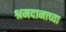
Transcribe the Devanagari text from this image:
श्रमदानाच्या